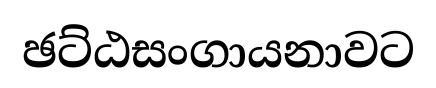
ඡට්ඨසංගායනාවට